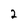
Character: 2